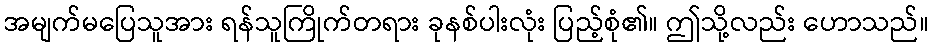
အမျက်မပြေသူအား ရန်သူကြိုက်တရား ခုနစ်ပါးလုံး ပြည့်စုံ၏။ ဤသို့လည်း ဟောသည်။